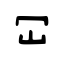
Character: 冚